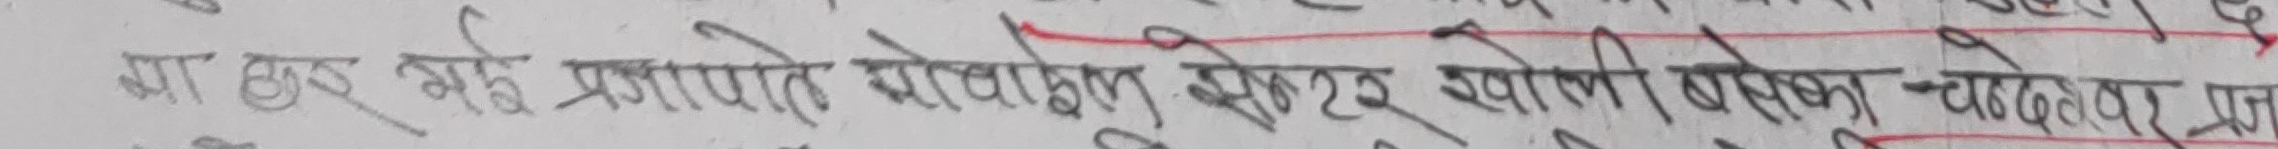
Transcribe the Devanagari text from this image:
या ठुस् भुइ प्रजापति सोधाइन् धेरै उपयोगी बेसका चढ्दैनर प्र